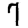
Digit: 7